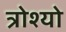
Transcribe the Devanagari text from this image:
त्रोश्यो